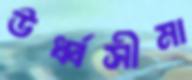
ঊর্ধ্বসীমা